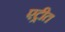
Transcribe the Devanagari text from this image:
एट्रीत